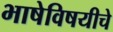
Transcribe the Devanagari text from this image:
भाषेविषयीचे